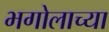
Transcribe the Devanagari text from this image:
भगोलाच्या